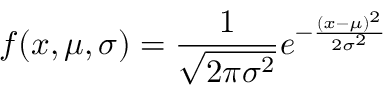
f ( x , \mu , \sigma ) = { \frac { 1 } { \sqrt { 2 \pi \sigma ^ { 2 } } } } e ^ { - { \frac { ( x - \mu ) ^ { 2 } } { 2 \sigma ^ { 2 } } } }